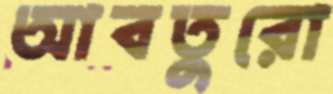
আবতুরো